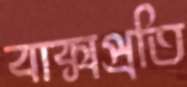
বাক্সপ্রতি